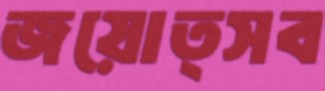
জয়োত্সব